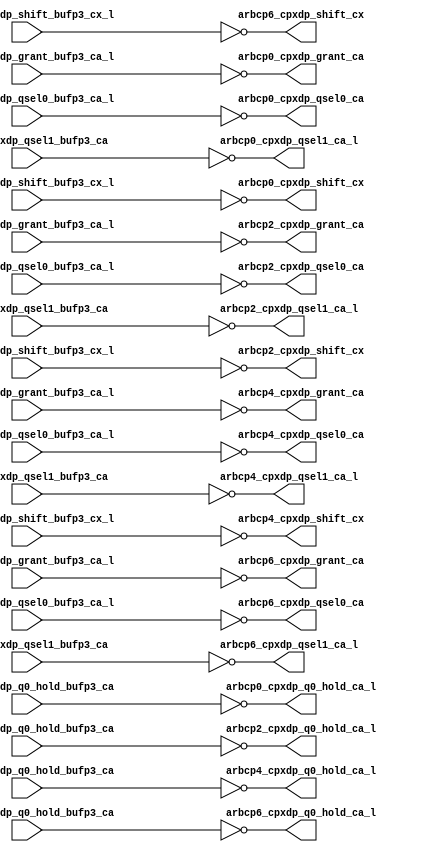
module cpx_buf_p4_even(/*AUTOARG*/
   // Outputs
   arbcp0_cpxdp_grant_ca, arbcp0_cpxdp_q0_hold_ca_l, 
   arbcp0_cpxdp_qsel0_ca, arbcp0_cpxdp_qsel1_ca_l, 
   arbcp0_cpxdp_shift_cx, arbcp2_cpxdp_grant_ca, 
   arbcp2_cpxdp_q0_hold_ca_l, arbcp2_cpxdp_qsel0_ca, 
   arbcp2_cpxdp_qsel1_ca_l, arbcp2_cpxdp_shift_cx, 
   arbcp4_cpxdp_grant_ca, arbcp4_cpxdp_q0_hold_ca_l, 
   arbcp4_cpxdp_qsel0_ca, arbcp4_cpxdp_qsel1_ca_l, 
   arbcp4_cpxdp_shift_cx, arbcp6_cpxdp_grant_ca, 
   arbcp6_cpxdp_q0_hold_ca_l, arbcp6_cpxdp_qsel0_ca, 
   arbcp6_cpxdp_qsel1_ca_l, arbcp6_cpxdp_shift_cx, 
   // Inputs
   arbcp0_cpxdp_grant_bufp3_ca_l, arbcp0_cpxdp_q0_hold_bufp3_ca, 
   arbcp0_cpxdp_qsel0_bufp3_ca_l, arbcp0_cpxdp_qsel1_bufp3_ca, 
   arbcp0_cpxdp_shift_bufp3_cx_l, arbcp2_cpxdp_grant_bufp3_ca_l, 
   arbcp2_cpxdp_q0_hold_bufp3_ca, arbcp2_cpxdp_qsel0_bufp3_ca_l, 
   arbcp2_cpxdp_qsel1_bufp3_ca, arbcp2_cpxdp_shift_bufp3_cx_l, 
   arbcp4_cpxdp_grant_bufp3_ca_l, arbcp4_cpxdp_q0_hold_bufp3_ca, 
   arbcp4_cpxdp_qsel0_bufp3_ca_l, arbcp4_cpxdp_qsel1_bufp3_ca, 
   arbcp4_cpxdp_shift_bufp3_cx_l, arbcp6_cpxdp_grant_bufp3_ca_l, 
   arbcp6_cpxdp_q0_hold_bufp3_ca, arbcp6_cpxdp_qsel0_bufp3_ca_l, 
   arbcp6_cpxdp_qsel1_bufp3_ca, arbcp6_cpxdp_shift_bufp3_cx_l
   );
   

   output 		arbcp0_cpxdp_grant_ca;	
   output 		arbcp0_cpxdp_q0_hold_ca_l;
   output 		arbcp0_cpxdp_qsel0_ca;	
   output 		arbcp0_cpxdp_qsel1_ca_l;	
   output 		arbcp0_cpxdp_shift_cx;	
	  
   output 		arbcp2_cpxdp_grant_ca;	
   output 		arbcp2_cpxdp_q0_hold_ca_l;
   output 		arbcp2_cpxdp_qsel0_ca;	
   output 		arbcp2_cpxdp_qsel1_ca_l;	
   output 		arbcp2_cpxdp_shift_cx;	
	  
   output 		arbcp4_cpxdp_grant_ca;	
   output 		arbcp4_cpxdp_q0_hold_ca_l;
   output 		arbcp4_cpxdp_qsel0_ca;	
   output 		arbcp4_cpxdp_qsel1_ca_l;	
   output 		arbcp4_cpxdp_shift_cx;	
	  
   output 		arbcp6_cpxdp_grant_ca;	
   output 		arbcp6_cpxdp_q0_hold_ca_l;
   output 		arbcp6_cpxdp_qsel0_ca;	
   output 		arbcp6_cpxdp_qsel1_ca_l;	
   output 		arbcp6_cpxdp_shift_cx;	

   

   input		arbcp0_cpxdp_grant_bufp3_ca_l;	
   input		arbcp0_cpxdp_q0_hold_bufp3_ca;
   input		arbcp0_cpxdp_qsel0_bufp3_ca_l;	
   input		arbcp0_cpxdp_qsel1_bufp3_ca;	
   input		arbcp0_cpxdp_shift_bufp3_cx_l;	

   input		arbcp2_cpxdp_grant_bufp3_ca_l;	
   input		arbcp2_cpxdp_q0_hold_bufp3_ca;
   input		arbcp2_cpxdp_qsel0_bufp3_ca_l;	
   input		arbcp2_cpxdp_qsel1_bufp3_ca;	
   input		arbcp2_cpxdp_shift_bufp3_cx_l;	

   input		arbcp4_cpxdp_grant_bufp3_ca_l;	
   input		arbcp4_cpxdp_q0_hold_bufp3_ca;
   input		arbcp4_cpxdp_qsel0_bufp3_ca_l;	
   input		arbcp4_cpxdp_qsel1_bufp3_ca;	
   input		arbcp4_cpxdp_shift_bufp3_cx_l;	

   input		arbcp6_cpxdp_grant_bufp3_ca_l;	
   input		arbcp6_cpxdp_q0_hold_bufp3_ca;
   input		arbcp6_cpxdp_qsel0_bufp3_ca_l;	
   input		arbcp6_cpxdp_qsel1_bufp3_ca;	
   input		arbcp6_cpxdp_shift_bufp3_cx_l;	

								
   assign		arbcp0_cpxdp_grant_ca		   =    ~  arbcp0_cpxdp_grant_bufp3_ca_l;      	
   assign		arbcp0_cpxdp_q0_hold_ca_l	   =    ~ arbcp0_cpxdp_q0_hold_bufp3_ca;
   assign		arbcp0_cpxdp_qsel0_ca		   =    ~ arbcp0_cpxdp_qsel0_bufp3_ca_l;
   assign		arbcp0_cpxdp_qsel1_ca_l		   =    ~ arbcp0_cpxdp_qsel1_bufp3_ca;
   assign		arbcp0_cpxdp_shift_cx		   =    ~ arbcp0_cpxdp_shift_bufp3_cx_l;
								                                          
   assign		arbcp2_cpxdp_grant_ca		   =    ~  arbcp2_cpxdp_grant_bufp3_ca_l;      	
   assign		arbcp2_cpxdp_q0_hold_ca_l	   =    ~ arbcp2_cpxdp_q0_hold_bufp3_ca;
   assign		arbcp2_cpxdp_qsel0_ca		   =    ~ arbcp2_cpxdp_qsel0_bufp3_ca_l;
   assign		arbcp2_cpxdp_qsel1_ca_l		   =    ~ arbcp2_cpxdp_qsel1_bufp3_ca;
   assign		arbcp2_cpxdp_shift_cx		   =    ~ arbcp2_cpxdp_shift_bufp3_cx_l;
								                                      
   assign		arbcp4_cpxdp_grant_ca		   =    ~  arbcp4_cpxdp_grant_bufp3_ca_l;      	
   assign		arbcp4_cpxdp_q0_hold_ca_l	   =    ~ arbcp4_cpxdp_q0_hold_bufp3_ca;
   assign		arbcp4_cpxdp_qsel0_ca		   =    ~ arbcp4_cpxdp_qsel0_bufp3_ca_l;
   assign		arbcp4_cpxdp_qsel1_ca_l		   =    ~ arbcp4_cpxdp_qsel1_bufp3_ca;
   assign		arbcp4_cpxdp_shift_cx		   =    ~ arbcp4_cpxdp_shift_bufp3_cx_l;
								                                      
   assign		arbcp6_cpxdp_grant_ca		   =    ~  arbcp6_cpxdp_grant_bufp3_ca_l;      	
   assign		arbcp6_cpxdp_q0_hold_ca_l	   =    ~ arbcp6_cpxdp_q0_hold_bufp3_ca;
   assign		arbcp6_cpxdp_qsel0_ca		   =    ~ arbcp6_cpxdp_qsel0_bufp3_ca_l;
   assign		arbcp6_cpxdp_qsel1_ca_l		   =    ~ arbcp6_cpxdp_qsel1_bufp3_ca;
   assign		arbcp6_cpxdp_shift_cx		   =    ~ arbcp6_cpxdp_shift_bufp3_cx_l;
								                                      

endmodule